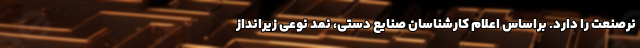
نرصنعت را دارد. براساس اعلام کارشناسان صنایع دستی، نمد نوعی زیرانداز